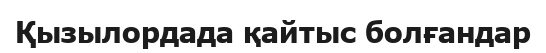
Қызылордада қайтыс болғандар